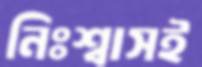
নিঃশ্বাসই